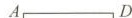
A D